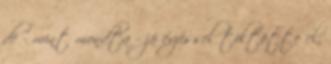
de - mint mondta - jó érzéssel töltötte el,